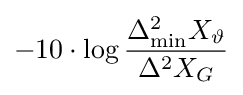
-10\cdot \log {\frac {\Delta _{\mathrm {min} }^{2}X_{\vartheta }}{\Delta ^{2}X_{G}}}